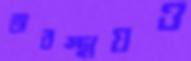
অবস্থায়ও